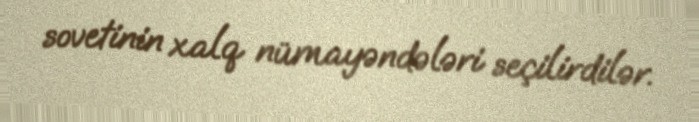
sovetinin xalq nümayəndələri seçilirdilər.